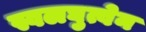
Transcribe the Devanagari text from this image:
स्वलघुत्वेन